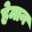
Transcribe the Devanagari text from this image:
हेमान